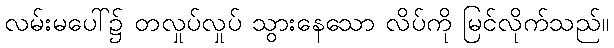
လမ်းမပေါ်၌ တလှုပ်လှုပ် သွားနေသော လိပ်ကို မြင်လိုက်သည်။